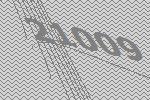
21009